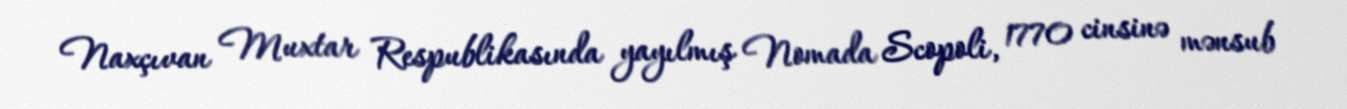
Naxçıvan Muxtar Respublikasında yayılmış Nomada Scopoli, 1770 cinsinə mənsub